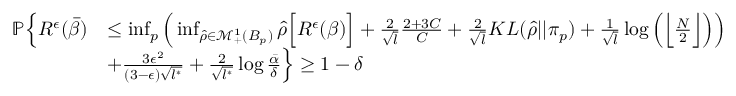
\begin{array} { r l } { \mathbb { P } \Big \{ R ^ { \epsilon } ( \bar { \beta } ) } & { \leq \operatorname* { i n f } _ { p } \Big ( \operatorname* { i n f } _ { \hat { \rho } \in \mathcal { M } _ { + } ^ { 1 } ( B _ { p } ) } \hat { \rho } \Big [ R ^ { \epsilon } ( \beta ) \Big ] + \frac { 2 } { \sqrt { l } } \frac { 2 + 3 C } { C } + \frac { 2 } { \sqrt { l } } K L ( \hat { \rho } | | \pi _ { p } ) + \frac { 1 } { \sqrt { l } } \log \Big ( \Big \lfloor \frac { N } { 2 } \Big \rfloor \Big ) \Big ) } \\ & { + \frac { 3 \epsilon ^ { 2 } } { ( 3 - \epsilon ) \sqrt { l ^ { * } } } + \frac { 2 } { \sqrt { l ^ { * } } } \log \frac { \bar { \alpha } } { \delta } \Big \} \geq 1 - \delta } \end{array}